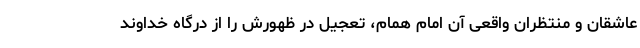
عاشقان و منتظران واقعی آن امام همام، تعجیل در ظهورش را از درگاه خداوند